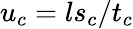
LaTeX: u_{c}=ls_{c}/t_{c}